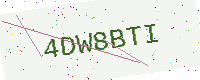
Text: 4DW8BTI